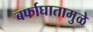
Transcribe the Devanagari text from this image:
बर्फाघातामुळे